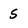
Character: s